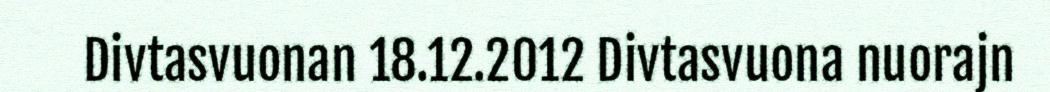
Divtasvuonan 18.12.2012 Divtasvuona nuorajn